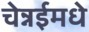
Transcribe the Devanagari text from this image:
चेन्नईमधे